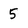
Character: 5